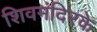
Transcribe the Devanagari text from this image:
शिवमंदिरके